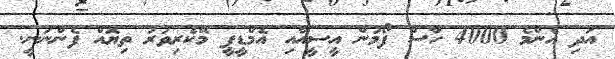
އަދި އެންމެ 4000 ހާސް ފޯމުން އީސީއާއި އެމްޑީޕީ މޭކެރިވަރު ތިޔޮއް ފެންނަނީ.